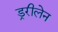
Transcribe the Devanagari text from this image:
ड्ररीलेन